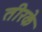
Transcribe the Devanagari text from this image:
तीरके